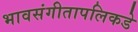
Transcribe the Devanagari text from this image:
भावसंगीतापलिकडे